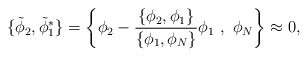
\begin{align*}\{{\tilde\phi_2},{\tilde\phi_1^*}\}=\left\{\phi_2-\frac{\{\phi_2,\phi_1\}}{\{\phi_1,\phi_N\}}\phi_1\ ,\ \phi_N\right\}\approx 0,\end{align*}